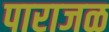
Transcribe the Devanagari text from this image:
पाराजळ